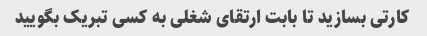
کارتی بسازید تا بابت ارتقای شغلی به کسی تبریک بگویید